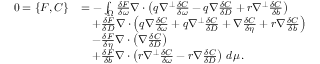
\begin{array} { r l } { 0 = \{ F , C \} } & { = - \int _ { \Omega } \frac { \delta F } { \delta \omega } \nabla \cdot \left( q \nabla ^ { \perp } \frac { \delta C } { \delta \omega } - q \nabla \frac { \delta C } { \delta D } + r \nabla ^ { \perp } \frac { \delta C } { \delta b } \right) } \\ & { \quad + \frac { \delta F } { \delta D } \nabla \cdot \left( q \nabla \frac { \delta C } { \delta \omega } + q \nabla ^ { \perp } \frac { \delta C } { \delta D } + \nabla \frac { \delta C } { \delta \eta } + r \nabla \frac { \delta C } { \delta b } \right) } \\ & { \quad - \frac { \delta F } { \delta \eta } \nabla \cdot \left( \nabla \frac { \delta C } { \delta D } \right) } \\ & { \quad + \frac { \delta F } { \delta b } \nabla \cdot \left( r \nabla ^ { \perp } \frac { \delta C } { \delta \omega } - r \nabla \frac { \delta C } { \delta D } \right) \, d \mu \, . } \end{array}